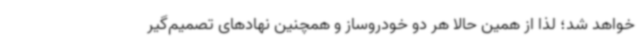
خواهد شد؛ لذا از همین حالا هر دو خودروساز و همچنین نهادهای تصمیم‌گیر